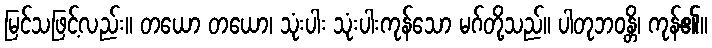
မြင်သဖြင့်လည်း။ တယော တယော၊ သုံးပါး သုံးပါးကုန်သော မဂ်တို့သည်။ ပါတုဘဝန္တိ၊ ကုန်၏။